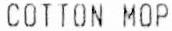
COTTON MOP